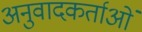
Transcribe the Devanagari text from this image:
अनुवादकर्ताओं